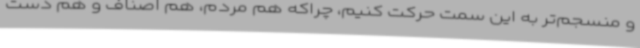
و منسجم‌تر به این سمت حرکت کنیم، چراکه هم مردم، هم اصناف و هم دست